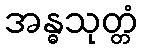
အန္ဓသုတ္တံ